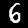
Label: 6